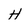
Character: H